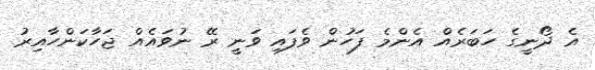
އެ ދޯނީގެ ހަބަރެއް އެންމެ ފަހުން ވެފައި ވަނީ ރޭ ނުވައެއް ޖަހާކަންހާއިރު